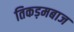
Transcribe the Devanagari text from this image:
तिकड़मबाज